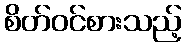
စိတ်ဝင်စားသည့်